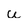
Character: u